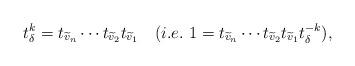
LaTeX: \begin{align*} t_\delta ^k=t_{\widetilde{v}_n}\cdots t_{\widetilde{v}_2}t_{\widetilde{v}_1} \ \ \ (i.e. \ 1=t_{\widetilde{v}_n}\cdots t_{\widetilde{v}_2}t_{\widetilde{v}_1}t_\delta ^{-k}), \end{align*}